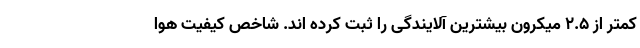
کمتر از ۲.۵ میکرون بیشترین آلایندگی را ثبت کرده اند. شاخص کیفیت هوا